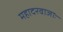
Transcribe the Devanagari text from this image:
महादरवाजाः